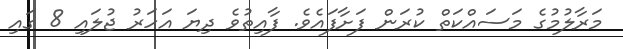
މަރާލުމުގެ މަސައްކަތް ކުރަން ފަށާފައެވެ. ފާއިތުވެ ދިޔަ އަހަރު ޖުލައި 8 ގައި